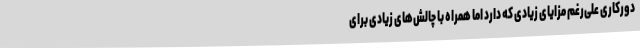
دورکاری علی‌رغم مزایای زیادی که دارد اما همراه با چالش‌های زیادی برای